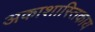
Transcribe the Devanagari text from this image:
अकाशास्तिकाय